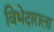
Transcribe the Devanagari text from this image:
विभेदाराला